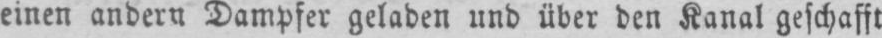
einen andern Dampfer geladen und über den Kanal geschafft